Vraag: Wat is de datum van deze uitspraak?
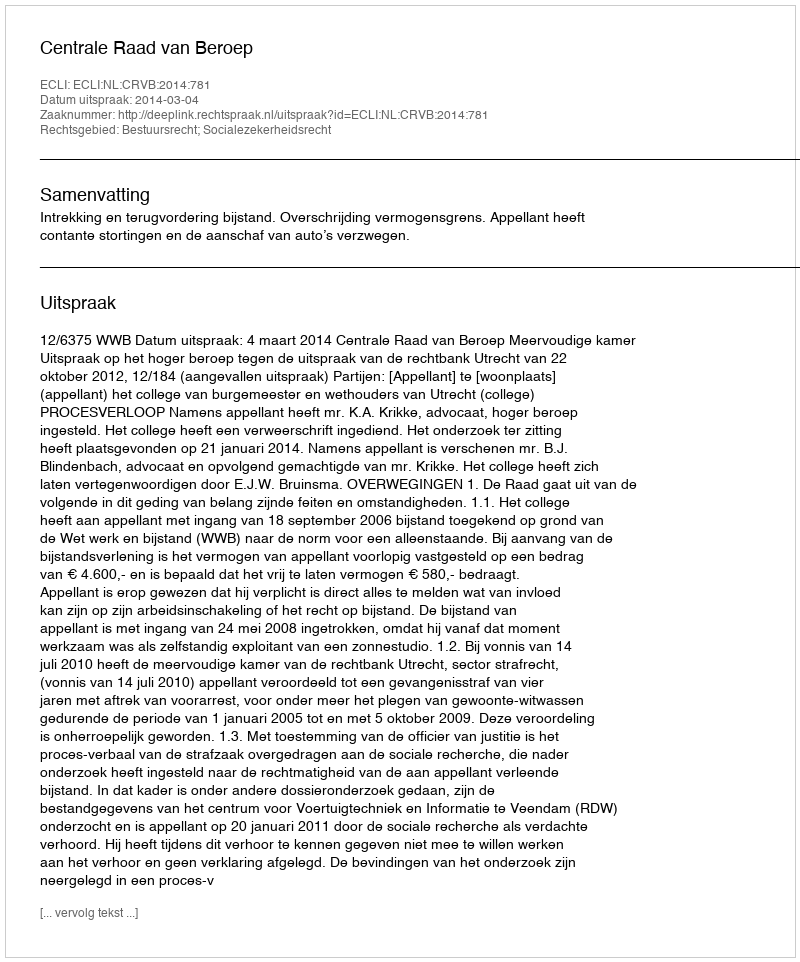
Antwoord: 2014-03-04